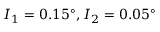
I _ { 1 } = 0 . 1 5 ^ { \circ } , I _ { 2 } = 0 . 0 5 ^ { \circ }